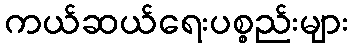
ကယ်ဆယ်ရေးပစ္စည်းများ